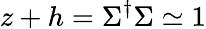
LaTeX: z+h=\Sigma^{\dagger}\Sigma\simeq 1